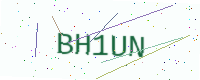
Text: BH1UN